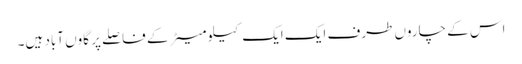
اس کے چاروں طرف ایک ایک کیلو میٹر کے فاصلے پر گاوں آباد ہیں۔